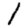
Digit: 1